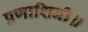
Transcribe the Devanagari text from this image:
प्रणाशिनी॥